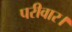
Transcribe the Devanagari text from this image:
परीवार।